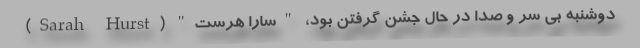
دوشنبه بی سر و صدا در حال جشن گرفتن بود، "سارا هرست" (Sarah Hurst)